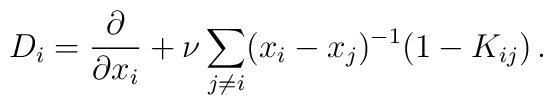
D_i =\frac{\partial }{\partial x_i}+\nu \sum_{j\neq i}(x_i -x_j)^{-1}(1-K_{ij})\,.